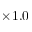
\times 1 . 0